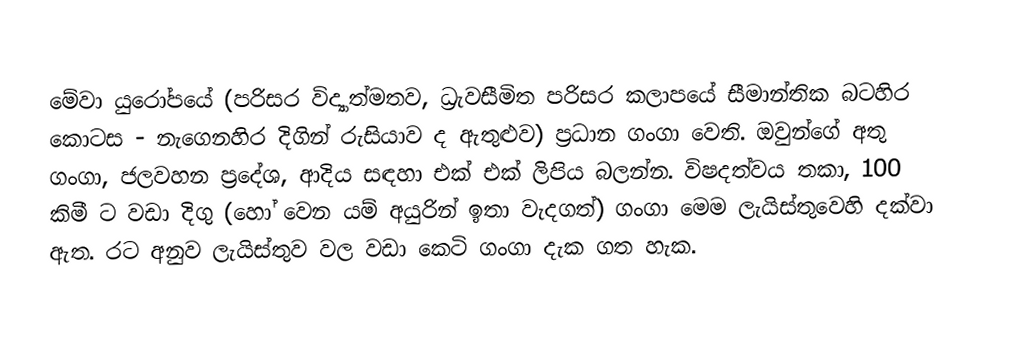
මේවා යුරෝපයේ (පරිසර විද්‍යාත්මතව, ධ්‍රැවසීමිත පරිසර කලාපයේ සීමාන්තික බටහිර කොටස - නැගෙනහිර දිගින් රුසියාව ද ඇතුළුව) ප්‍රධාන ගංගා වෙති. ඔවුන්ගේ අතු ගංගා, ජලවහන ප්‍රදේශ, ආදිය සඳහා එක් එක් ලිපිය බලන්න. විෂදත්වය තකා, 100 කිමී ට වඩා දිගු (හෝ වෙන යම් අයුරින් ඉතා වැදගත්) ගංගා  මෙම ලැයිස්තුවෙහි දක්වා ඇත. රට අනුව ලැයිස්තුව වල වඩා කෙටි ගංගා දැක ගත හැක.